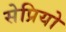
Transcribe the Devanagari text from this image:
सेप्रियो